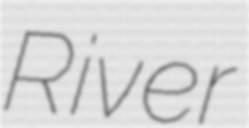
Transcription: River